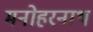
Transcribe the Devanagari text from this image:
मनोहरनाथ